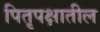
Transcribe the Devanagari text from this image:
पितृपक्षातील